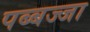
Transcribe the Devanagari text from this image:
पब्बज्जा